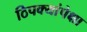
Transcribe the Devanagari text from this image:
ठिपक्यांपेक्षा